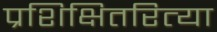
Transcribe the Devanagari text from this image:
प्रशिक्षितरित्या